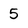
Character: 5